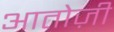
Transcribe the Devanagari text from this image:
आतोज़ी